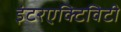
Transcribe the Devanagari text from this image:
इंटरएक्टिविटी